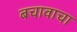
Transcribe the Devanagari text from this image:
बचावाचा